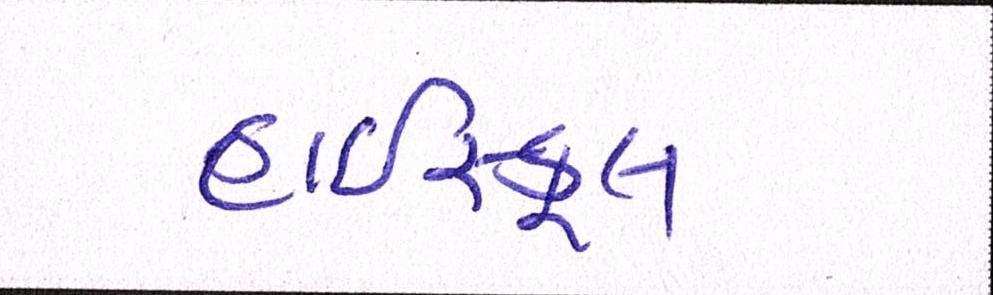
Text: હાઇસ્કૂલ